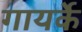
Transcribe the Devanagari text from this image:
गायर्के